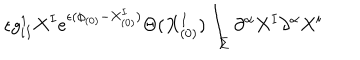
\epsilon g _ { i I } ^ { 1 } X ^ { I } e ^ { \epsilon ( \phi _ { ( 0 ) } - X _ { ( 0 ) } ^ { I } ) } \Theta ( X _ { ( 0 ) } ^ { I } ) \int _ { \Sigma } \partial ^ { \alpha } X ^ { I } \partial ^ { \alpha } X ^ { i }